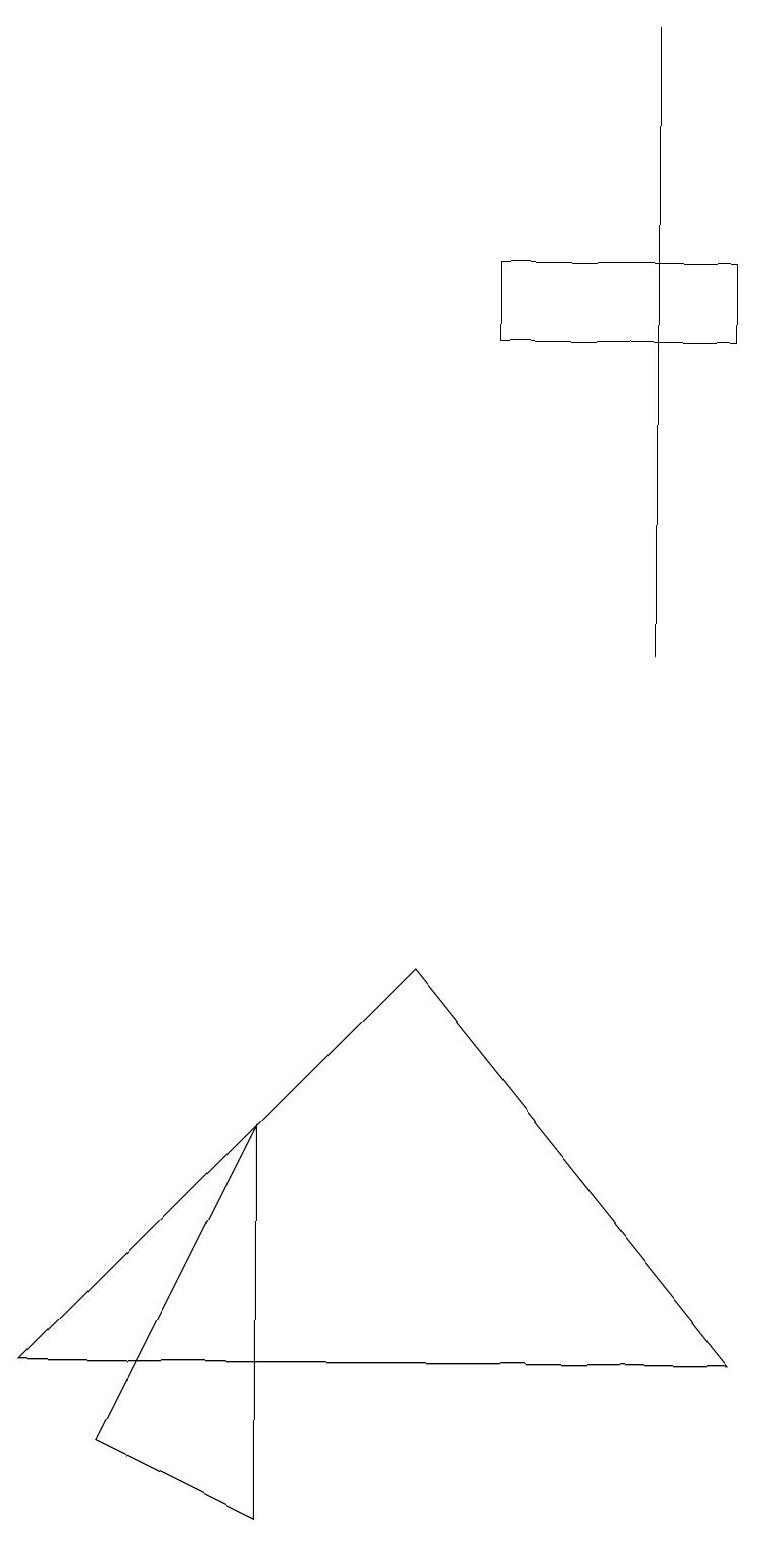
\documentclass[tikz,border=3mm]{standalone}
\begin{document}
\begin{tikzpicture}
\draw (8,19) rectangle (8,11);
\draw (9,15) rectangle (6,16);
\draw (5,7) -- (9,2) -- (0,2) -- cycle;
\draw (3,5) -- (1,1) -- (3,0) -- cycle;
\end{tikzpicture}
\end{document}